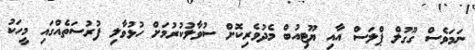
ނަމަވެސް ގޫގުލް ޕްލަސް އާއި ޔޫޓިއުބް މެދުވެރިކޮށް ސުވާލުކުރުމަށް ހުޅުވާލި ފުރުސަތެއްގައި މީހަކު